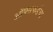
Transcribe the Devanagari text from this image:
ऑक्सफर्डचा